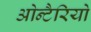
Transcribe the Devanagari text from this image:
ओन्टैरियो